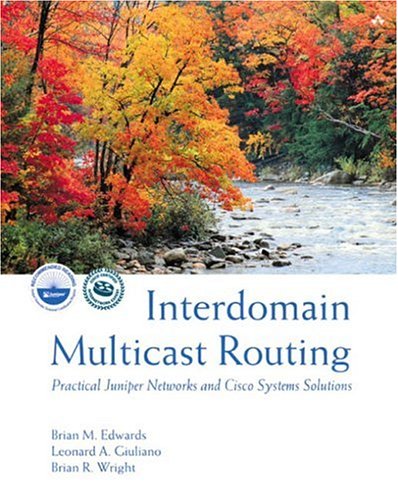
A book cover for Interdomain Multicast Routing: Practical Juniper Networks and Cisco Systems Solutions: Practical Juniper Networks and Cisco Systems Solutions; Brian M. Edwards; Computers & Technology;